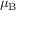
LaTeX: \mu _ { \mathrm { B } }